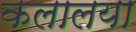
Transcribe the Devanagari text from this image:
कलालया